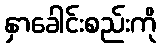
နှာခေါင်းစည်းကို